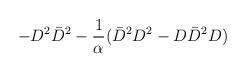
LaTeX: \begin{align*}- D^2 \bar{D}^2 - {1 \over \alpha} ( \bar{D}^2 D^2 - D \bar{D}^2 D )\end{align*}